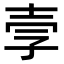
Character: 𫯂